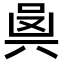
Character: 𠔛